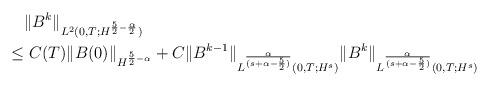
LaTeX: \begin{align*}&\|B^k\|_{L^{2}(0,T; H^{\frac52-\frac{\alpha}{2}})}\\\leq&\ C(T) \|B(0)\|_{H^{\frac{5}{2} -\alpha}}+C \|B^{k-1}\|_{L^{\frac{\alpha}{(s+\alpha-\frac52)}}(0,T; H^s)}\|B^{k}\|_{L^{\frac{\alpha}{(s+\alpha-\frac52)}}(0,T; H^s)}\end{align*}